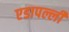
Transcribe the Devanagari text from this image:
एडापल्ली